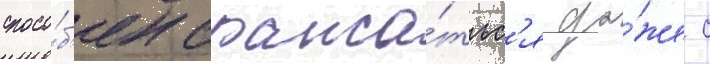
спосо́б'ен сража́тьс'я да́же с